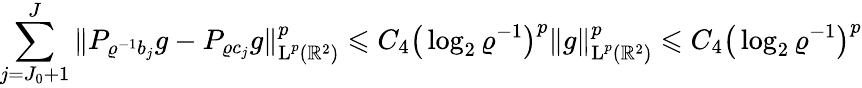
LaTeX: \sum_{j=J_{0}+1}^{J}\| P_{\varrho^{-1}b_{j}}g-P_{\varrho c_{j}}g\| _{\textup{L}^{p}(\mathbb{R}^{2})}^{p}\leqslant C_{4}\big(\log_{2}\varrho^{-1}\big)^{p}\| g\| _{\textup{L}^{p}(\mathbb{R}^{2})}^{p}\leqslant C_{4}\big(\log_{2}\varrho^{-1}\big)^{p}